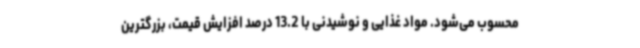
محسوب می‌شود. مواد غذایی و نوشیدنی با 13.2 درصد افزایش قیمت، بزرگترین